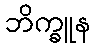
ဘိက္ခူန